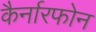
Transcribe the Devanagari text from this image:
कैर्नारफोन